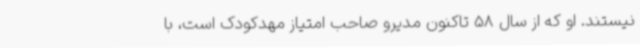
نیستند. او که از سال 58 تاکنون مدیرو صاحب امتیاز مهدکودک است، با